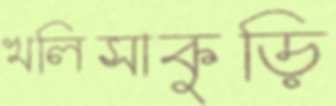
খলিসাকুড়ি